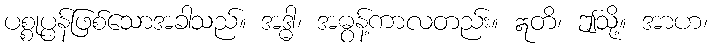
ပစ္စုပ္ပန်ဖြစ်သောအခါသည်။ အဒ္ဓါ၊ အဓွန့်ကာလတည်း။ ဣတိ၊ ဤသို့။ အာဟ၊